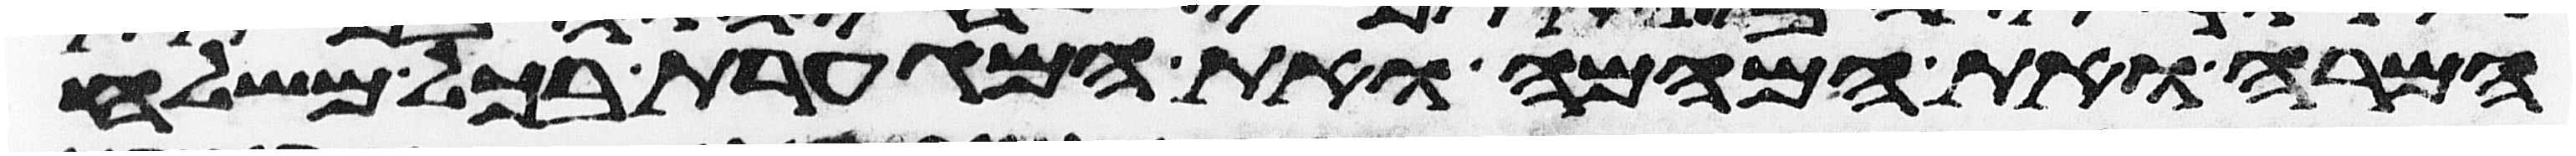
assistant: המרה ואת המהמה ואת המגערת בכל משלח